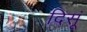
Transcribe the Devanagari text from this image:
दिसूं